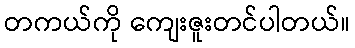
တကယ်ကို ကျေးဇူးတင်ပါတယ်။